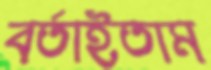
বর্তাইতাম